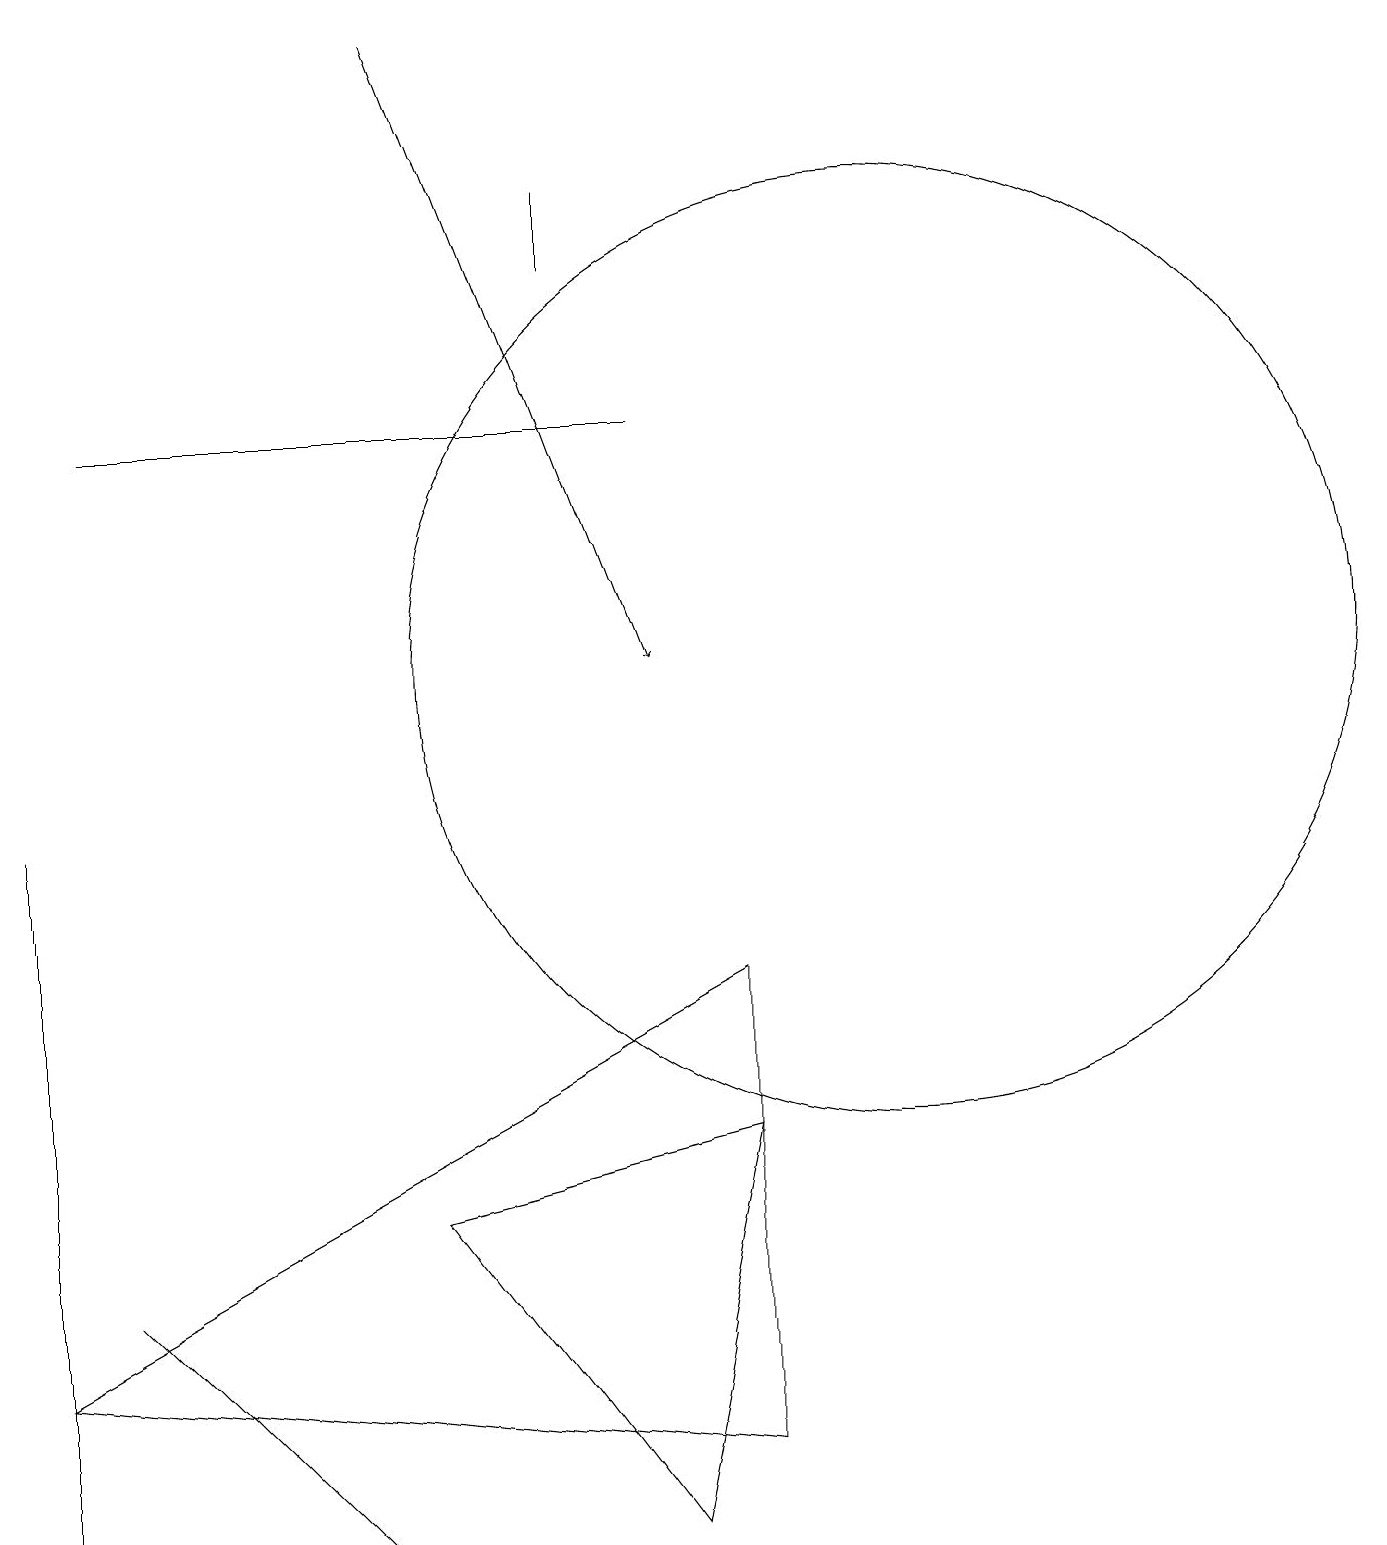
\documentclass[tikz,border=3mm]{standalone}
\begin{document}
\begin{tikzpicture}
\draw (5,4) -- (8,0) -- (9,5) -- cycle;
\draw[->] (5,19) -- (8,11);
\draw (1,14) rectangle (8,14);
\draw (0,9) -- (0,4) -- (0,0) -- cycle;
\draw (1,3) -- (4,0) -- (4,0) -- cycle;
\draw (9,1) -- (0,2) -- (9,7) -- cycle;
\draw (11,11) circle (6);
\draw (7,16) rectangle (7,17);
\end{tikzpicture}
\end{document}